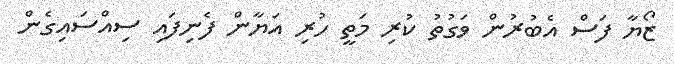
ޒޯޔާ ފަސް އެބުރުން ވަގުތު ކުރި މަތީ ހުރި އަޔާން ފެނިފައި ސިއްސައިގެން